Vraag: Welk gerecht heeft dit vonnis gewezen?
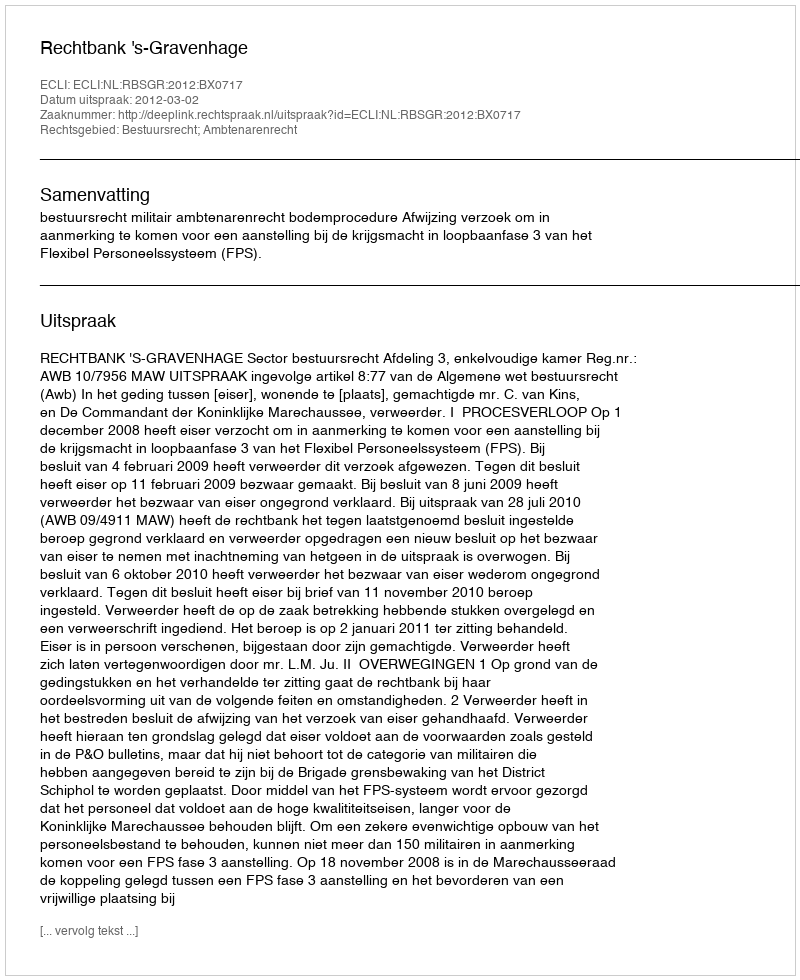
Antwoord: Rechtbank 's-Gravenhage